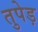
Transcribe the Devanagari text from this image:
तुपेड़